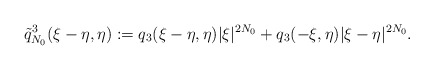
\begin{align*}\tilde{q}_{N_0}^3(\xi-\eta, \eta):= q_3(\xi-\eta, \eta)|\xi|^{2 N_0} + q_3(-\xi, \eta)|\xi-\eta|^{2 N_0}.\end{align*}